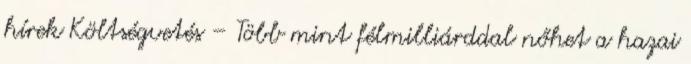
hírek Költségvetés – Több mint félmilliárddal nőhet a hazai